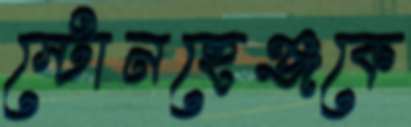
স্টোনহেঞ্জকে